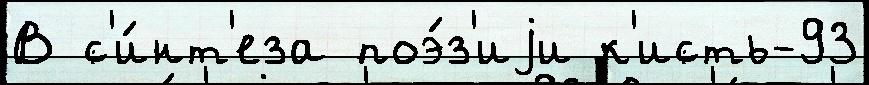
В с'и́нт'еза поэ́з'иjи к'исть-93